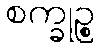
စက္ခုဉ္စ